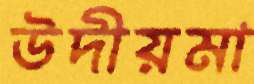
উদীয়মা